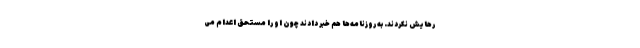
رهایش نکردند. به روزنامه‌ها هم خبر دادند چون او را مستحق اعدام می